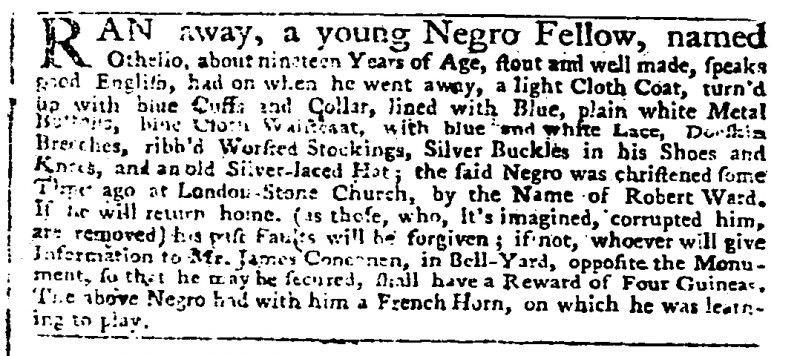
Daily Advertiser, 28 January 1761 (England)
RAN away, a young Negro Fellow, named Othello, about nineteen Years of Age, stout and well made, speaks good English, had on when he went away, a light Cloth Coat, turn’d up with blue Cuffs and Collar, lined with Blue, plain white Metal Buttons, blue Cloth Waistcoat, with blue and white Lace, Doeskin Breeches, ribb’d Worsted Stockings, Silver Buckles in his Shoes and Knees, and an old Silver-laced Hat; the said Negro was christened some Time ago at London-Stone Church, by the Name of Robert Ward. If he will return home, (as those, who, It’s imagined, corrupted him, are removed) his past Faults will be forgiven; if not, whoever will give Information to Mr. James Concanen, in Bell-Yard, opposite the Monument, so that he may be secured, shall have a Reward of Four Guineas. The above Negro had with him a French Horn, on which he was learning to play.